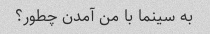
به سینما با من آمدن چطور؟